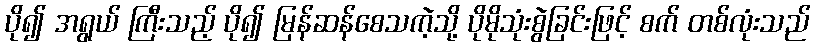
ပို၍ အရွယ် ကြီးသည့် ပို၍ မြန်ဆန်စေသကဲ့သို့ ပိုမိုသုံးစွဲခြင်းဖြင့် စက် တစ်လုံးသည်